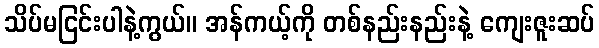
သိပ်မငြင်းပါနဲ့ကွယ်။ အန်ကယ့်ကို တစ်နည်းနည်းနဲ့ ကျေးဇူးဆပ်